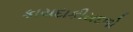
કાયદાકીયદળો